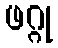
ဖဂ္ဂု